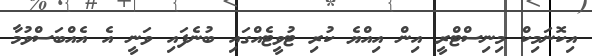
އިކޮނަމިކް މިނިސްޓްރީ އިން އިއްޔެ ކުރި ޓުވީޓެއްގައި ބުނެފައި ވަނީ އެ އެއްބަސްވުމާ